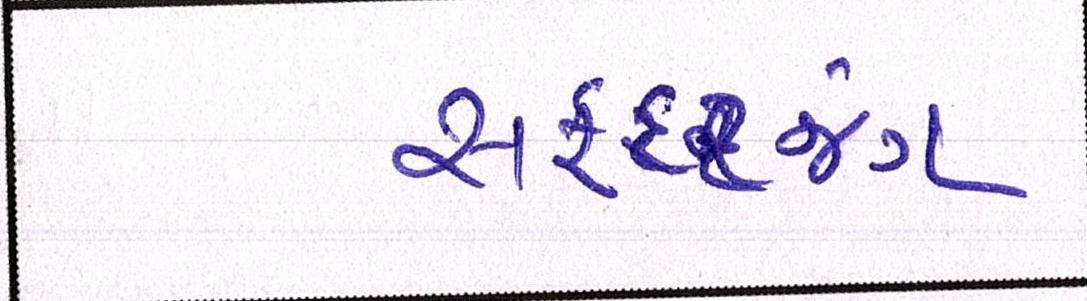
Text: સફદરજંગ